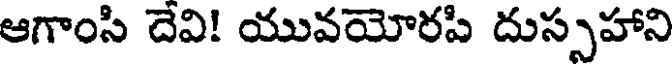
ఆగాంసి దేవి! యువయోరపి దుస్పహాని